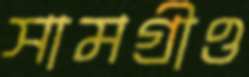
সামগ্রীও